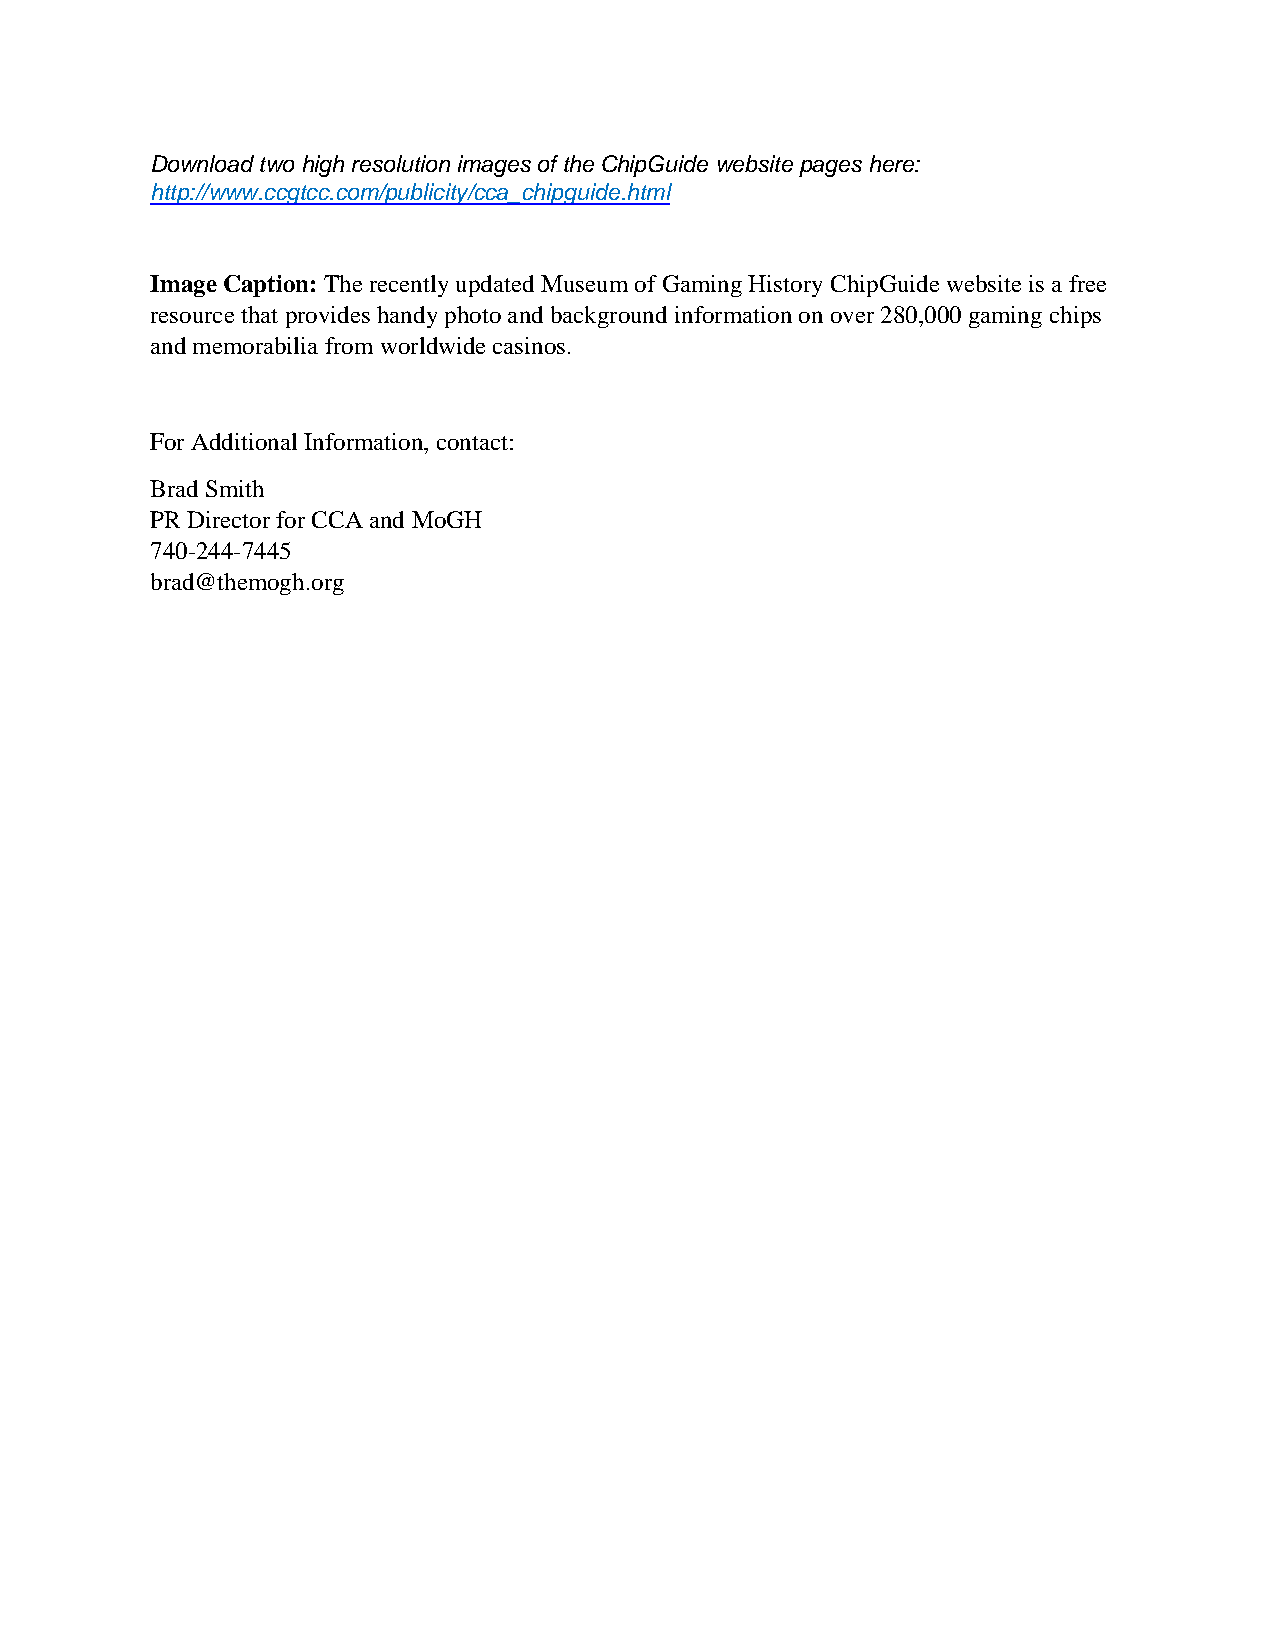
Download two high resolution images of the ChipGuide website pages here:
 http://www.ccgtcc.com/publicity/cca_chipguide.html
 Image Caption: The recently updated Museum of Gaming History ChipGuide website is a free
 resource that provides handy photo and background information on over 280,000 gaming chips
 and memorabilia from worldwide casinos.
 For Additional Information, contact:
 Brad Smith
 PR Director for CCA and MoGH
 740-244-7445
 brad@themogh.org